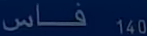
فاس 140